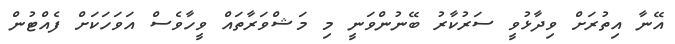
އޭނާ އިތުރަށްް ވިދާޅުވީ ސަރުކާރު ބޭނުންވަނީ މި މަޝްވަރާތައް ވީހާވެސް އަވަހަކަށް ފެއްޓުން